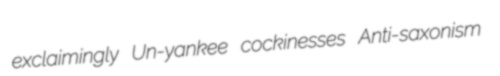
exclaimingly Un-yankee cockinesses Anti-saxonism